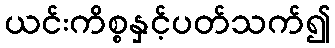
ယင်းကိစ္စနှင့်ပတ်သက်၍